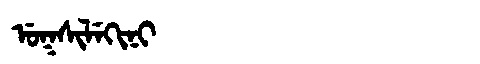
Manchu: ᡠᡴᠰᡳᠯᡝᡴᡳᠨᡳ
Romanization: UKSILEKINI